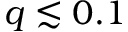
q \lesssim 0 . 1